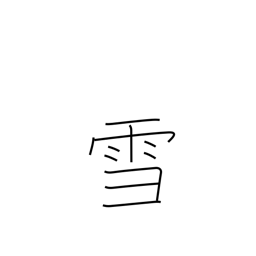
Meaning: snow